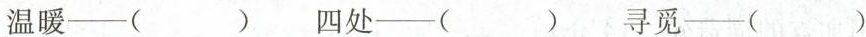
温暖——( ) 四处——( ) 寻觅——( )